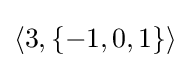
\left\langle 3,\{-1,0,1\}\right\rangle